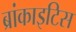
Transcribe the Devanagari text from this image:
ब्रांकाइटिस